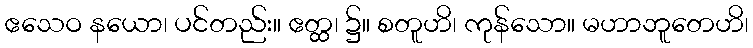
ဧသေဝ နယော၊ ပင်တည်း။ ဧတ္ထ၊ ၌။ စတူဟိ၊ ကုန်သော။ မဟာဘူတေဟိ၊